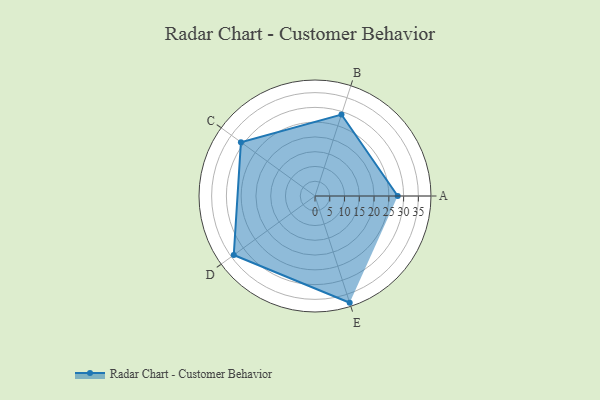
{"axis": {"x": "Skill", "y": "Score"}, "legend": ["Profile"], "data": [{"x": "A", "y": 28.0, "type": "Profile"}, {"x": "B", "y": 29.0, "type": "Profile"}, {"x": "C", "y": 31.0, "type": "Profile"}, {"x": "D", "y": 34.0, "type": "Profile"}, {"x": "E", "y": 38.0, "type": "Profile"}]}